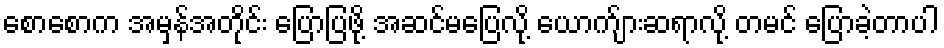
စောစောက အမှန်အတိုင်း ပြောပြဖို့ အဆင်မပြေလို့ ယောက်ျားဆရာလို့ တမင် ပြောခဲ့တာပါ